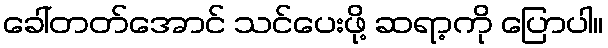
ခေါ်တတ်အောင် သင်ပေးဖို့ ဆရာ့ကို ပြောပါ။